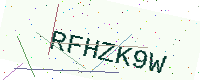
Text: RFHZK9W